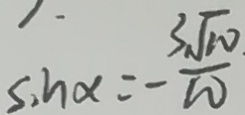
\sin \alpha = - \frac { 3 \sqrt { 1 0 } } { 1 0 }